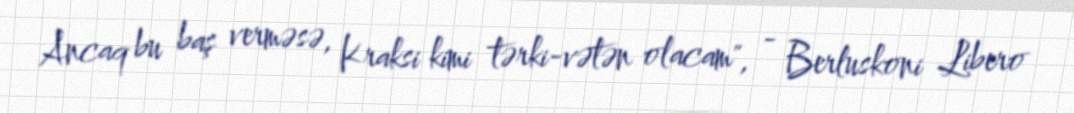
Ancaq bu baş verməsə, Kraksi kimi tərki-vətən olacam", - Berluskoni Libero